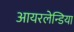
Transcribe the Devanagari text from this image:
आयरलेन्डिया